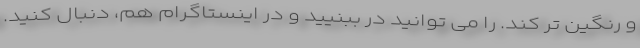
و رنگین تر کند. را می توانید در ببنیید و در اینستاگرام هم، دنبال کنید.